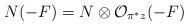
LaTeX: \begin{align*}N (-F)= N \otimes{\cal O}_{\pi^{*}z} (-F)\end{align*}